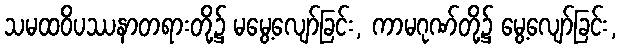
သမထဝိပဿနာတရားတို့၌ မမွေ့လျော်ခြင်း, ကာမဂုဏ်တို့၌ မွေ့လျော်ခြင်း,